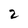
Character: 2